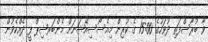
ވާ ބުރާސްފަތި ދުވަހުގެ 15:00 ގެ ކުރިން މިއެސޯސިއޭޝަނަށް މެންބަރޝިޕް ފީ ދެއްކެވުން